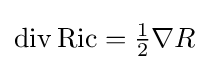
\textstyle \operatorname {div} \operatorname {Ric} ={\frac {1}{2}}\nabla R